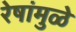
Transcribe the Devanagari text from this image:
रेषांमुळे